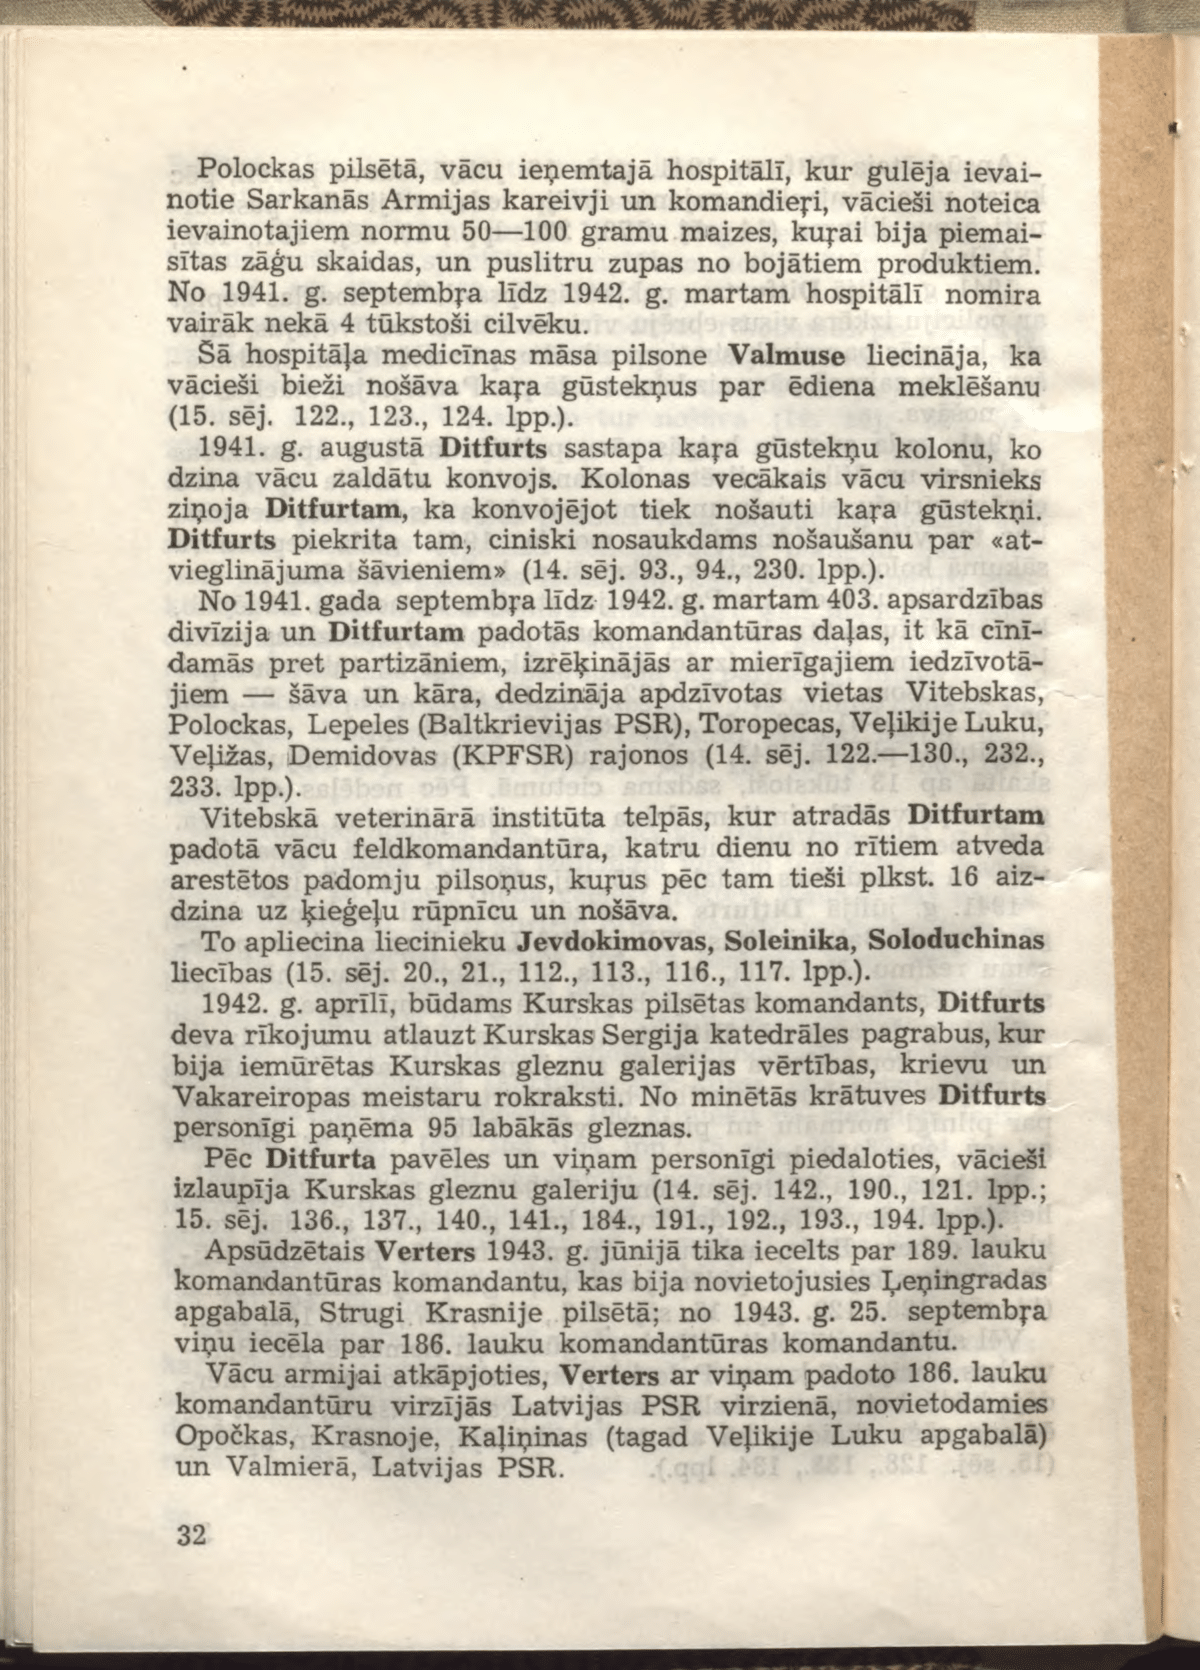
Language: lv